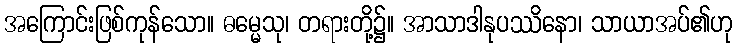
အကြောင်းဖြစ်ကုန်သော။ ဓမ္မေသု၊ တရားတို့၌။ အာသာဒါနုပဿိနော၊ သာယာအပ်၏ဟု